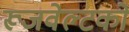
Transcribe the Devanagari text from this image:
रूजवेल्टको